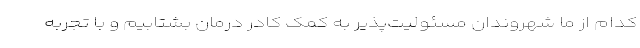
کدام از ما شهروندان مسئولیت‌پذیر به کمک کادر درمان بشتابیم و با تجربه